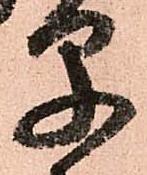
早